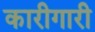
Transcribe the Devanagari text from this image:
कारीगारी